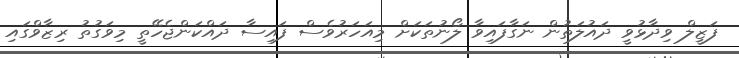
ފަޒީލް ވިދާޅުވީ ދައުލަތުން ނަގާފައިވާ ލޯނުތަކަށް މިއަހަރުވެސް ފައިސާ ދައްކަންޖެހޭތީ މިވަގުތު ރިޒާވްގައި